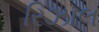
રિઝાલ